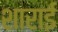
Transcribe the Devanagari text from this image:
शाराई